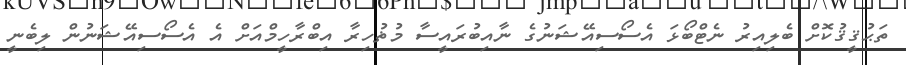
ތަޙުޤީޤުކޮށް ބެލިއިރު ނެޓްބޯޅަ އެސޯސިއޭޝަނުގެ ނާއިބުރައީސާ މުޡުހިރާ އިބްރާހީމްއަށް އެ އެސޯސިއޭޝަނުން ލިބެނީ